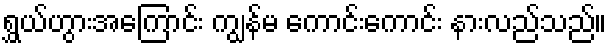
ရွှယ်ဟွားအကြောင်း ကျွန်မ ကောင်းကောင်း နားလည်သည်။